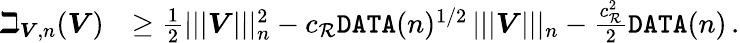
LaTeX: \begin{array}{rl}{\beth_{\boldsymbol{V},n}(\boldsymbol{V})}&{\geq\frac{1}{2}|||\boldsymbol{V}|||_{n}^{2}-c_{{\mathcal R}}\texttt{DATA}(n)^{1/2}\, |||\boldsymbol{V}|||_{n}-\frac{c_{{\mathcal R}}^{2}}{2}\texttt{DATA}(n)\, .}\end{array}